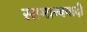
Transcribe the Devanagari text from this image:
सामान्यवादी